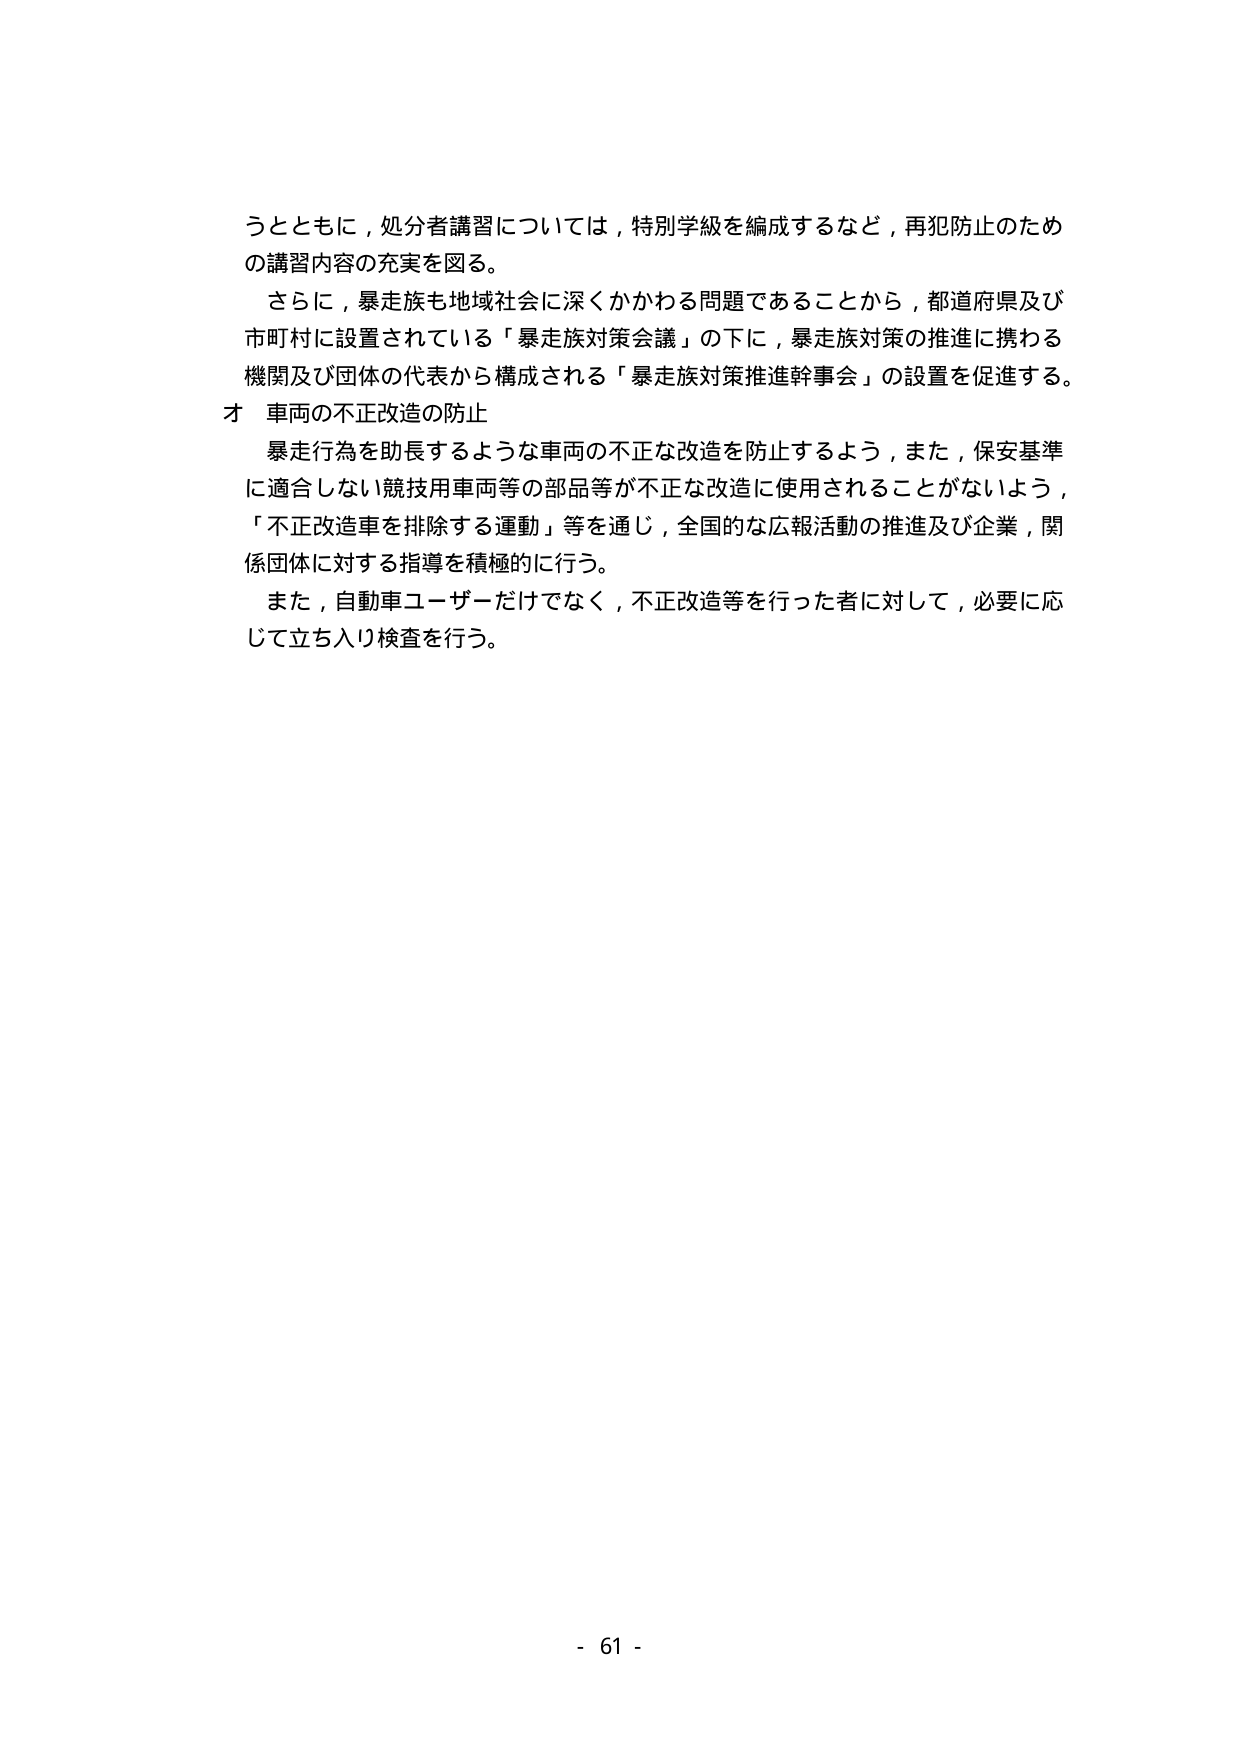
うとともに，処分者講習については，特別学級を編成するなど，再犯防止のため
の講習内容の充実を図る。
　さらに，暴走族も地域社会に深くかかわる問題であることから，都道府県及び
市町村に設置されている「暴走族対策会議」の下に，暴走族対策の推進に携わる
機関及び団体の代表から構成される「暴走族対策推進幹事会」の設置を促進する。
オ 車両の不正改造の防止
　暴走行為を助長するような車両の不正な改造を防止するよう，また，保安基準
に適合しない競技用車両等の部品等が不正な改造に使用されることがないよう，
「不正改造車を排除する運動」等を通じ，全国的な広報活動の推進及び企業，関
係団体に対する指導を積極的に行う。
　また，自動車ユーザーだけでなく，不正改造等を行った者に対して，必要に応
じて立ち入り検査を行う。
- 61 -